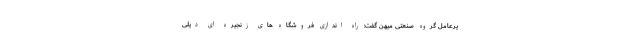
یرعامل گروه صنعتی میهن گفت: راه اندازی فروشگاه های زنجیره ای دیلی